Indian Civil Veterinary Department memoirs
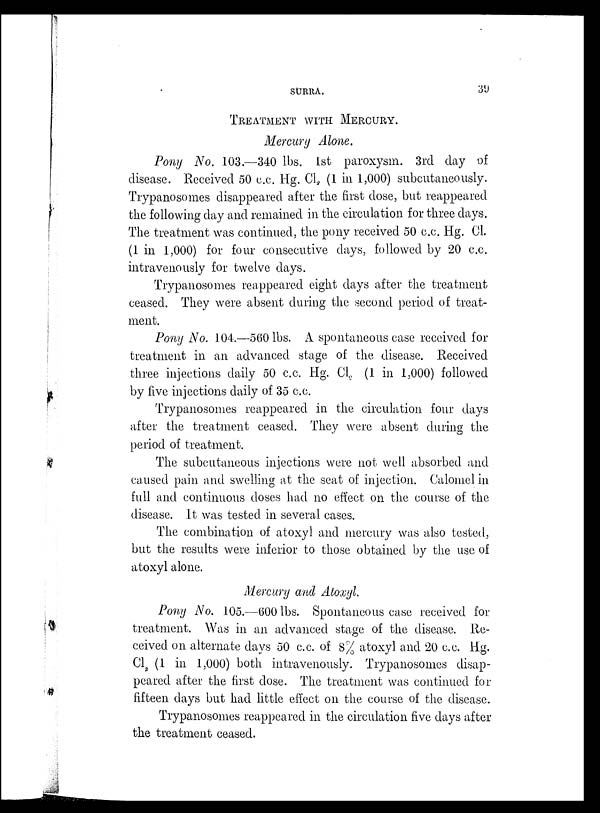
SURRA.
39
TREATMENT WITH MERCURY.
Mercury Alone.
Pony No. 103.—340 lbs. 1st paroxysm. 3rd day of
disease. Received 50 c.c. Hg. Cl 2 (1 in 1,000) subcutaneously.
Trypanosomes disappeared after the first dose, but reappeared
the following day and remained in the circulation for three days.
The treatment was continued, the pony received 50 c.c. Hg. Cl.
(1 in 1,000) for four consecutive days, followed by 20 c.c.
intravenously for twelve days.
Trypanosomes reappeared eight days after the treatment
ceased. They were absent during the second period of treat-
ment.
Pony No. 104.—560 lbs. A spontaneous case received for
treatment in an advanced stage of the disease. Received
three injections daily 50 c.c. Hg. Cl 2 (1 in 1,000) followed
by five injections daily of 35 c.c.
Trypanosomes reappeared in the circulation four days
after the treatment ceased. They were absent during the
period of treatment.
The subcutaneous injections were not well absorbed and
caused pain and swelling at the seat of injection. Calomel in
full and continuous doses had no effect on the course of the
disease. It was tested in several cases.
The combination of atoxyl and mercury was also tested,
but the results were inferior to those obtained by the use of
atoxyl alone.
Mercury and Atoxyl.
Pony No. 105.—600 lbs. Spontaneous case received for
treatment. Was in an advanced stage of the disease. Re-
ceived on alternate days 50 c.c. of 8% atoxyl and 20 c.c. Hg.
Cl 2 (1 in 1,000) both intravenously. Trypanosomes disap-
peared after the first dose. The treatment was continued for
fifteen days but had little effect on the course of the disease.
Trypanosomes reappeared in the circulation five days after
the treatment ceased.